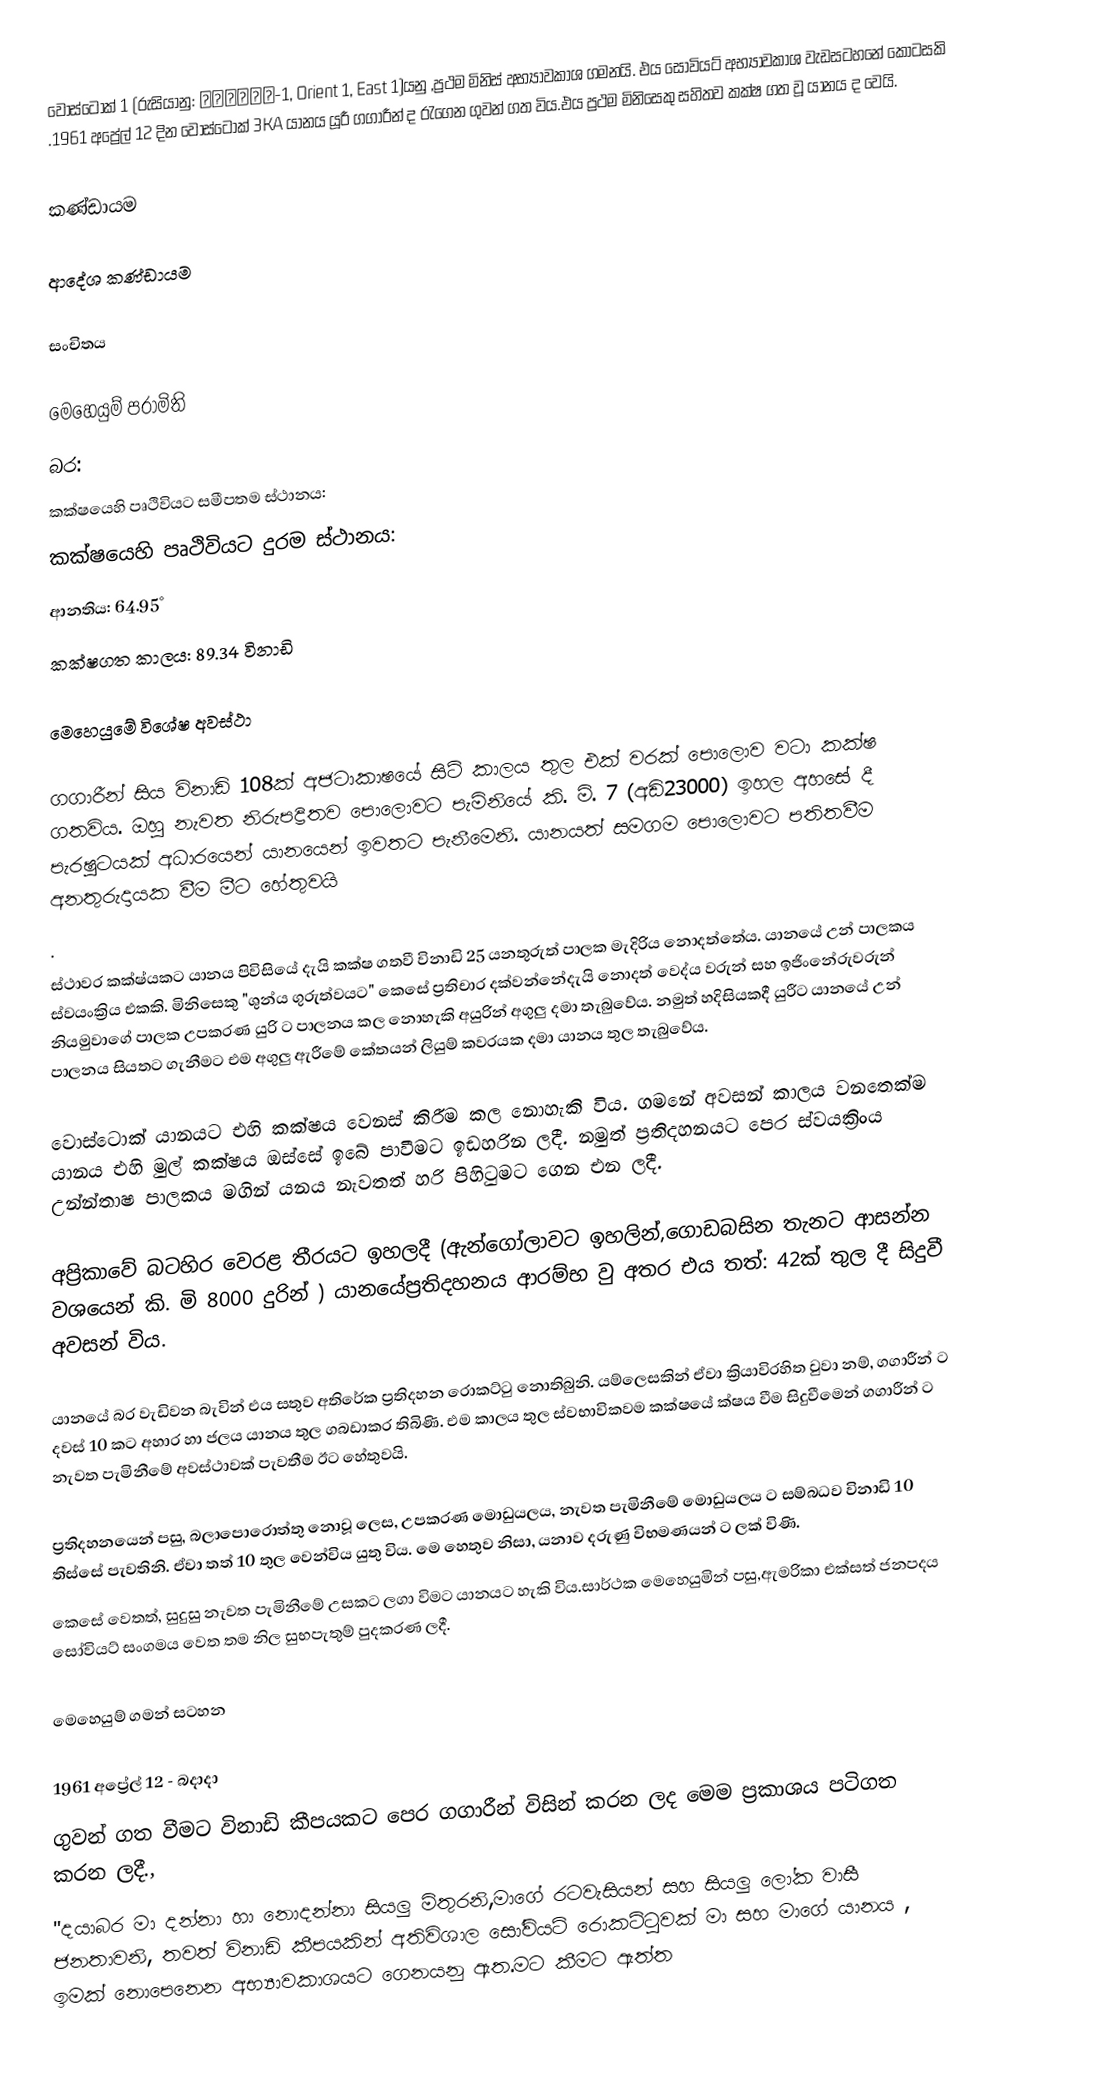
වොස්ටොක් 1 (රුසියානු: Восток-1, Orient 1, East 1)යනු ,ප්‍රථම මිනිස්  අභ්‍යාවකාශ ගමනයි. එය සෝවියට් අභ්‍යාවකාශ වැඩසටහනේ කොටසකි .1961 අප්‍රේල් 12 දින වොස්ටොක් 3KA  යානය යූරී ගගාරීන් ද රැගෙන ගුවන් ගත විය.එය ප්‍රථම මිනිසෙකු සහිතව කක්ෂ ගත වූ යානය ද වෙයි.

කණ්ඩායම

ආදේශ කණ්ඩායම

සංචිතය

මෙහෙයුම් පරාමිති
බර:
කක්ෂයෙහි පෘථිවියට සමීපතම ස්ථානය:
කක්ෂයෙහි පෘථිවියට දුරම ස්ථානය:
ආනතිය: 64.95°
කක්ෂගත කාලය: 89.34 විනාඩි

මෙහෙයුමේ විශේෂ අවස්ථා

ගගාරීන් සිය  විනාඩි 108ක් අජටාකාෂයේ සිටි කාලය තුල එක් වරක් පොලොව වටා කක්ෂ ගතවිය. ඔහු නැවත නිරුපද්‍රිතව පොලොවට පැමිනියේ කි. මි. 7 (අඩි23000) ඉහල අහසේ දී පැරෂුටයක් අධාරයෙන් යානයෙන් ඉවතට පැනීමෙනි. යානයත් සමගම පොලොවට පතිතවීම අනතුරුදායක වීම මීට හේතුවයි
.
ස්ථාවර කක්ෂ්යකට යානය පිවිසියේ දැයි කක්ෂ ගතවී විනාඩි 25 යනතුරුත් පාලක මැදිරිය නොදත්තේය. යානයේ උන් පාලකය ස්වයංක්‍රිය එකකි. මිනිසෙකු "ශුන්ය ගුරුත්වයට" කෙසේ ප්‍රතිචාර දක්වන්නේදැයි නොදත් වෙද්ය වරුන් සහ ඉජිංනේරුවරුන් නියමුවාගේ පාලක උපකරණ යුරි ට පාලනය කල නොහැකි අයුරින් අගුලු දමා තැබුවේය. නමුත් හදිසියකදී යුරීට යානයේ උන් පාලනය සියතට ගැනීමට එම අගුලු ඇරීමේ කේතයන් ලියුම් කවරයක දමා යානය තුල තැබුවේය.

වොස්ටොක් යානයට එහි කක්ෂය වෙනස් කිරීම කල නොහැකි විය. ගමනේ අවසන් කාලය වනතෙක්ම යානය එහි මුල් කක්ෂය ඔස්සේ ඉබේ පාවීමට ඉඩහරින ලදී. නමුත් ප්‍රතිදහනයට පෙර ස්වයක්‍රිංය උන්න්තාෂ පාලකය මගින් යනය නැවතත් හරි පිහිටුමට ගෙන එන ලදී.

අප්‍රිකාවේ බටහිර වෙරළ තීරයට ඉහලදී (ඇන්ගෝලාවට ඉහලින්,ගොඩබසින තැනට ආසන්න වශයෙන් කි. මි 8000 දුරින් ) යානයේප්‍රතිදහනය   ආරම්භ වු අතර එය තත්: 42ක් තුල දී සිදුවී අවසන් විය.

යානයේ බර වැඩිවන බැවින් එය සතුව අතිරේක ප්‍රතිදහන රොකට්ටු නොතිබුනි. යම්ලෙසකින් ඒවා ක්‍රියාවිරහිත වුවා නම්, ගගාරීන් ට දවස් 10 කට අහාර හා ජලය යානය තුල ගබඩාකර තිබිණි. එම කාලය තුල ස්වභාවිකවම කක්ෂයේ ක්ෂය වීම සිදුවීමෙන් ගගාරීන් ට නැවත පැමිනීමේ අවස්ථාවක් පැවතීම ඊට හේතුවයි.

ප්‍රතිදහනයෙන් පසු, බලාපොරොත්තු නොවූ ලෙස, උපකරණ මොඩුයලය, නැවත පැමිනීමේ මොඩුයලය ට සම්බධව විනාඩි 10 තිස්සේ පැවතිනි. ඒවා තත් 10 තුල වෙන්විය යුතු විය. මෙ හෙතුව නිසා, යනාව දරුණු විභමණයන් ට ලක් විණි.
කෙසේ වෙතත්, සුදුසු නැවත පැමිනීමේ උසකට ලගා විමට යානයට හැකි විය.සාර්ථක මෙහෙයුමින් පසු,ඇමරිකා එක්සත් ජනපදය සෝවියට් සංගමය වෙත තම නිල සුභපැතුම් පුදකරණ ලදී.

මෙහෙයුම් ගමන් සටහන

1961 අප්‍රේල් 12 - බදාදා
ගුවන් ගත වීමට විනාඩි කීපයකට පෙර ගගාරීන් විසින් කරන ලද මෙම ප්‍රකාශය පටිගත කරන ලදී.,
"දයාබර මා දන්නා හා නොදන්නා සියලු මිතුරනි,මාගේ රටවැසියන් සහ සියලු ලෝක වාසී ජනතාවනි, තවත් විනාඩි කීපයකින් අතිවිශාල සෝවියට් රොකට්ටුවක් මා සහ මාගේ යානය , ඉමක් නොපෙනෙන අභ්‍යාවකාශයට ගෙනයනු ඇත.මට කීමට ඇත්ත